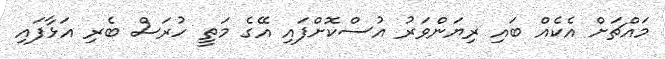
މައްޗަށް އެކެއް ބައި ރިޔަންވަރު އުސްކޮށްފައި އޭގެ މަތީ ހުރަސް ބެރި އަޅާފައި